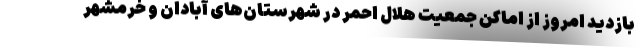
بازدید امروز از اماکن جمعیت هلال احمر در شهرستان‌های آبادان و خرمشهر